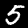
Label: 5